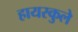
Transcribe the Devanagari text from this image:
हायस्कुले